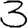
Digit: 3